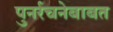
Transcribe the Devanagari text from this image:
पुनर्रचनेबाबत